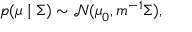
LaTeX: p ( { \boldsymbol { \mu } } \mid { \boldsymbol { \Sigma } } ) \sim { \mathcal { N } } ( { \boldsymbol { \mu } } _ { 0 } , m ^ { - 1 } { \boldsymbol { \Sigma } } ) ,